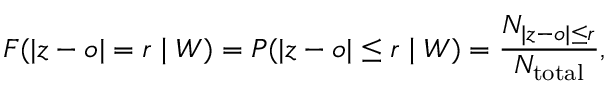
F ( | z - o | = r \mid W ) = P ( | z - o | \leq r \mid W ) = \frac { N _ { | z - o | \leq r } } { N _ { \mathrm { t o t a l } } } ,